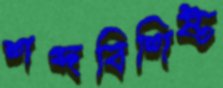
শব্দবিশিষ্ট